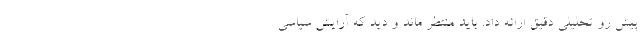
پیش رو تحلیلی دقیق ارائه داد. باید منتظر ماند و دید که آرایش سیاسی